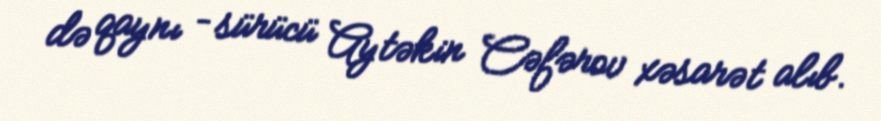
də qaynı – sürücü Aytəkin Cəfərov xəsarət alıb.